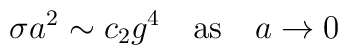
\sigma a^2 \sim c_2 g^4  \quad {\rm as} \quad a \to 0